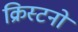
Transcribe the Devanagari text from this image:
क्रिस्टनों